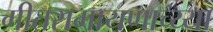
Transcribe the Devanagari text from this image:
गीतरामायणाच्य्या